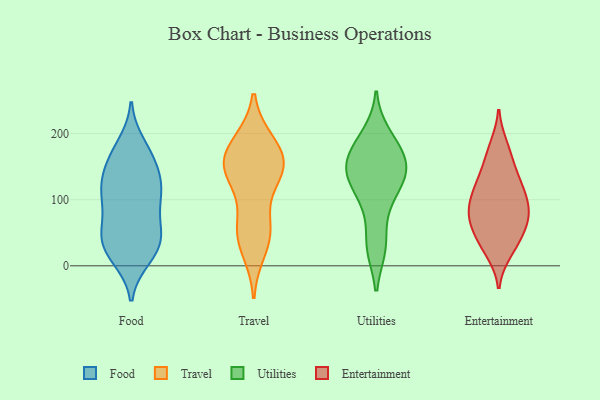
{"axis": {"x": "Revenue (USD Million)", "y": "Value"}, "legend": ["Entertainment", "Food", "Travel", "Utilities"], "data": [{"x": "", "y": 41, "type": "Food"}, {"x": "", "y": 183, "type": "Food"}, {"x": "", "y": 121, "type": "Food"}, {"x": "", "y": 165, "type": "Food"}, {"x": "", "y": 129, "type": "Food"}, {"x": "", "y": 40, "type": "Food"}, {"x": "", "y": 163, "type": "Food"}, {"x": "", "y": 52, "type": "Food"}, {"x": "", "y": 51, "type": "Food"}, {"x": "", "y": 91, "type": "Food"}, {"x": "", "y": 12, "type": "Food"}, {"x": "", "y": 124, "type": "Food"}, {"x": "", "y": 14, "type": "Food"}, {"x": "", "y": 35, "type": "Food"}, {"x": "", "y": 123, "type": "Food"}, {"x": "", "y": 79, "type": "Food"}, {"x": "", "y": 166, "type": "Food"}, {"x": "", "y": 96, "type": "Food"}, {"x": "", "y": 117, "type": "Food"}, {"x": "", "y": 24, "type": "Food"}, {"x": "", "y": 186, "type": "Travel"}, {"x": "", "y": 160, "type": "Travel"}, {"x": "", "y": 132, "type": "Travel"}, {"x": "", "y": 58, "type": "Travel"}, {"x": "", "y": 185, "type": "Travel"}, {"x": "", "y": 163, "type": "Travel"}, {"x": "", "y": 144, "type": "Travel"}, {"x": "", "y": 53, "type": "Travel"}, {"x": "", "y": 53, "type": "Travel"}, {"x": "", "y": 25, "type": "Travel"}, {"x": "", "y": 145, "type": "Travel"}, {"x": "", "y": 146, "type": "Travel"}, {"x": "", "y": 109, "type": "Utilities"}, {"x": "", "y": 159, "type": "Utilities"}, {"x": "", "y": 88, "type": "Utilities"}, {"x": "", "y": 142, "type": "Utilities"}, {"x": "", "y": 136, "type": "Utilities"}, {"x": "", "y": 198, "type": "Utilities"}, {"x": "", "y": 180, "type": "Utilities"}, {"x": "", "y": 137, "type": "Utilities"}, {"x": "", "y": 28, "type": "Utilities"}, {"x": "", "y": 29, "type": "Utilities"}, {"x": "", "y": 175, "type": "Utilities"}, {"x": "", "y": 143, "type": "Utilities"}, {"x": "", "y": 130, "type": "Entertainment"}, {"x": "", "y": 70, "type": "Entertainment"}, {"x": "", "y": 22, "type": "Entertainment"}, {"x": "", "y": 142, "type": "Entertainment"}, {"x": "", "y": 60, "type": "Entertainment"}, {"x": "", "y": 103, "type": "Entertainment"}, {"x": "", "y": 86, "type": "Entertainment"}, {"x": "", "y": 81, "type": "Entertainment"}, {"x": "", "y": 82, "type": "Entertainment"}, {"x": "", "y": 62, "type": "Entertainment"}, {"x": "", "y": 32, "type": "Entertainment"}, {"x": "", "y": 169, "type": "Entertainment"}, {"x": "", "y": 115, "type": "Entertainment"}, {"x": "", "y": 35, "type": "Entertainment"}, {"x": "", "y": 115, "type": "Entertainment"}, {"x": "", "y": 180, "type": "Entertainment"}]}